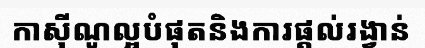
កាស៊ីណូល្អបំផុតនិងការផ្តល់រង្វាន់